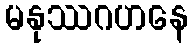
မနုဿဂဟနေ